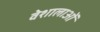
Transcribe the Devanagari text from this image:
वेशालाओं